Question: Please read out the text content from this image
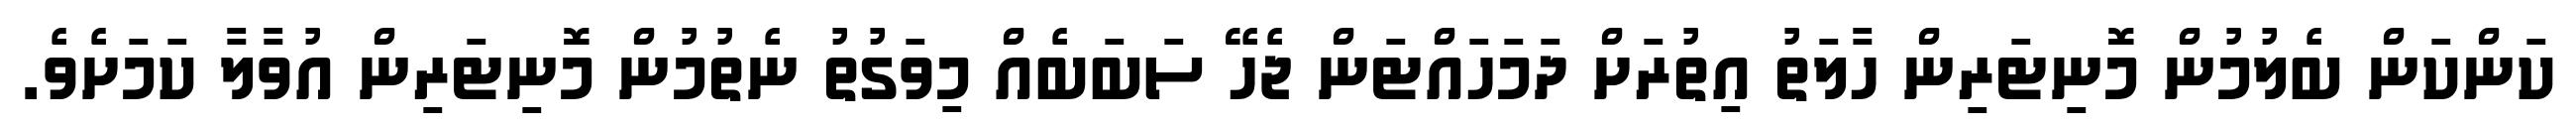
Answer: ކަންކަން ބެލުމުން މޮނިޓަރިން ހާލަތު އިތުރަށް ދަމަހައްޓަން ޖެހޭ ސަބަބެއް މިވަގުތު ނެތުމުން މޮނިޓަރިން އުވާލާ ކަމަށެވެ.